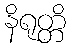
နိရုတ္တိ